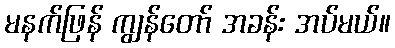
မနက်ဖြန် ကျွန်တော် အခန်း အပ်မယ်။